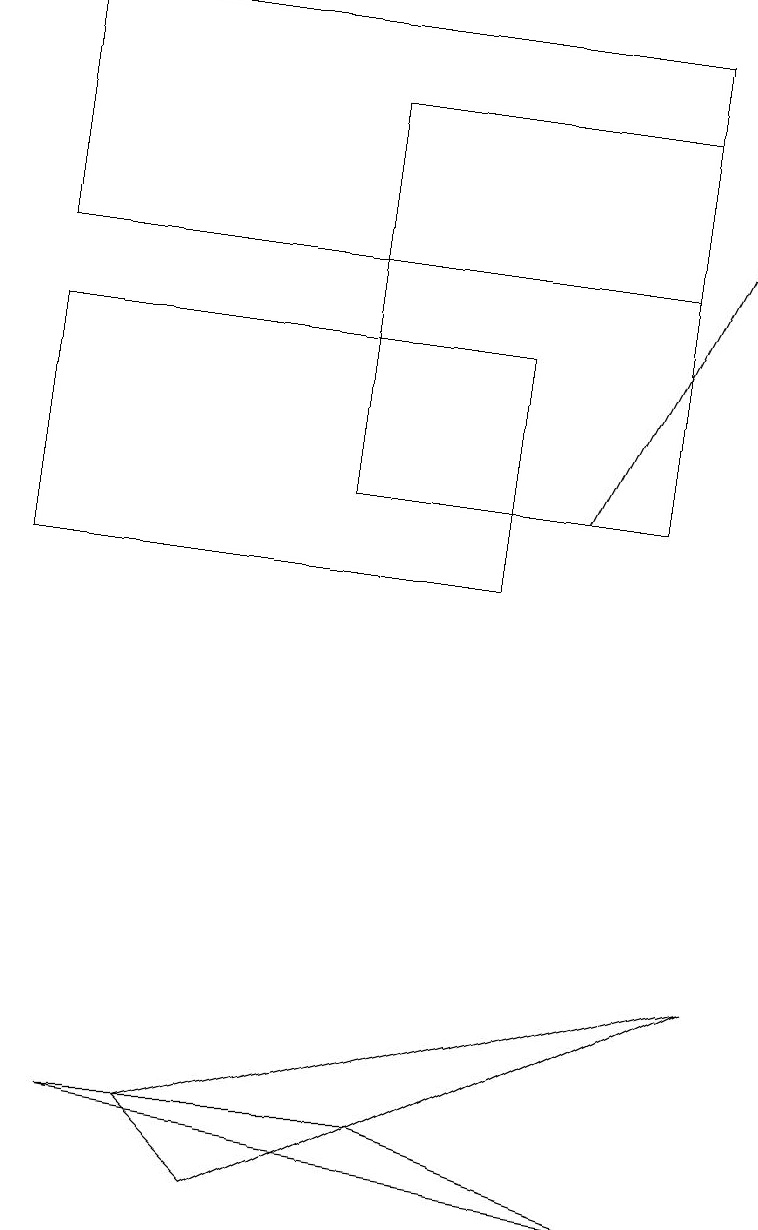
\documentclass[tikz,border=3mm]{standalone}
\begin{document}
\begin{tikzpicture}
\draw[->] (7,13) -- (9,17);
\draw (0,12) rectangle (6,15);
\draw (3,19) rectangle (7,19);
\draw (0,16) rectangle (8,19);
\draw (3,4) -- (2,5) -- (9,7) -- cycle;
\draw (8,18) rectangle (4,13);
\draw (8,4) -- (5,5) -- (1,5) -- cycle;
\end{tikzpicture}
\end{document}